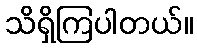
သိရှိကြပါတယ်။